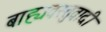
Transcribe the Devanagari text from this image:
बाह्यवस्तुवादी